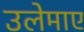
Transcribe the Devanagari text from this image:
उलेमाए